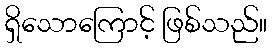
ရှိသောကြောင့် ဖြစ်သည်။